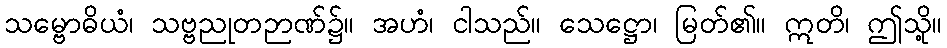
သမ္ဗောဓိယံ၊ သဗ္ဗညုတဉာဏ်၌။ အဟံ၊ ငါသည်။ သေဋ္ဌော၊ မြတ်၏။ ဣတိ၊ ဤသို့။